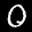
Label: 0